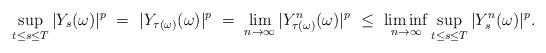
LaTeX: \begin{align*}\sup_{t \leq s \leq T}|Y_s(\omega)|^p \ = \ |Y_{\tau(\omega)}(\omega)|^p \ = \ \lim_{n\rightarrow\infty} |Y_{\tau(\omega)}^n(\omega)|^p \ \leq \ \liminf_{n\rightarrow\infty} \sup_{t\leq s\leq T}|Y_s^n(\omega)|^p.\end{align*}